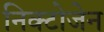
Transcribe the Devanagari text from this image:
निक्टोजेन